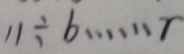
1 1 \div b \cdots r